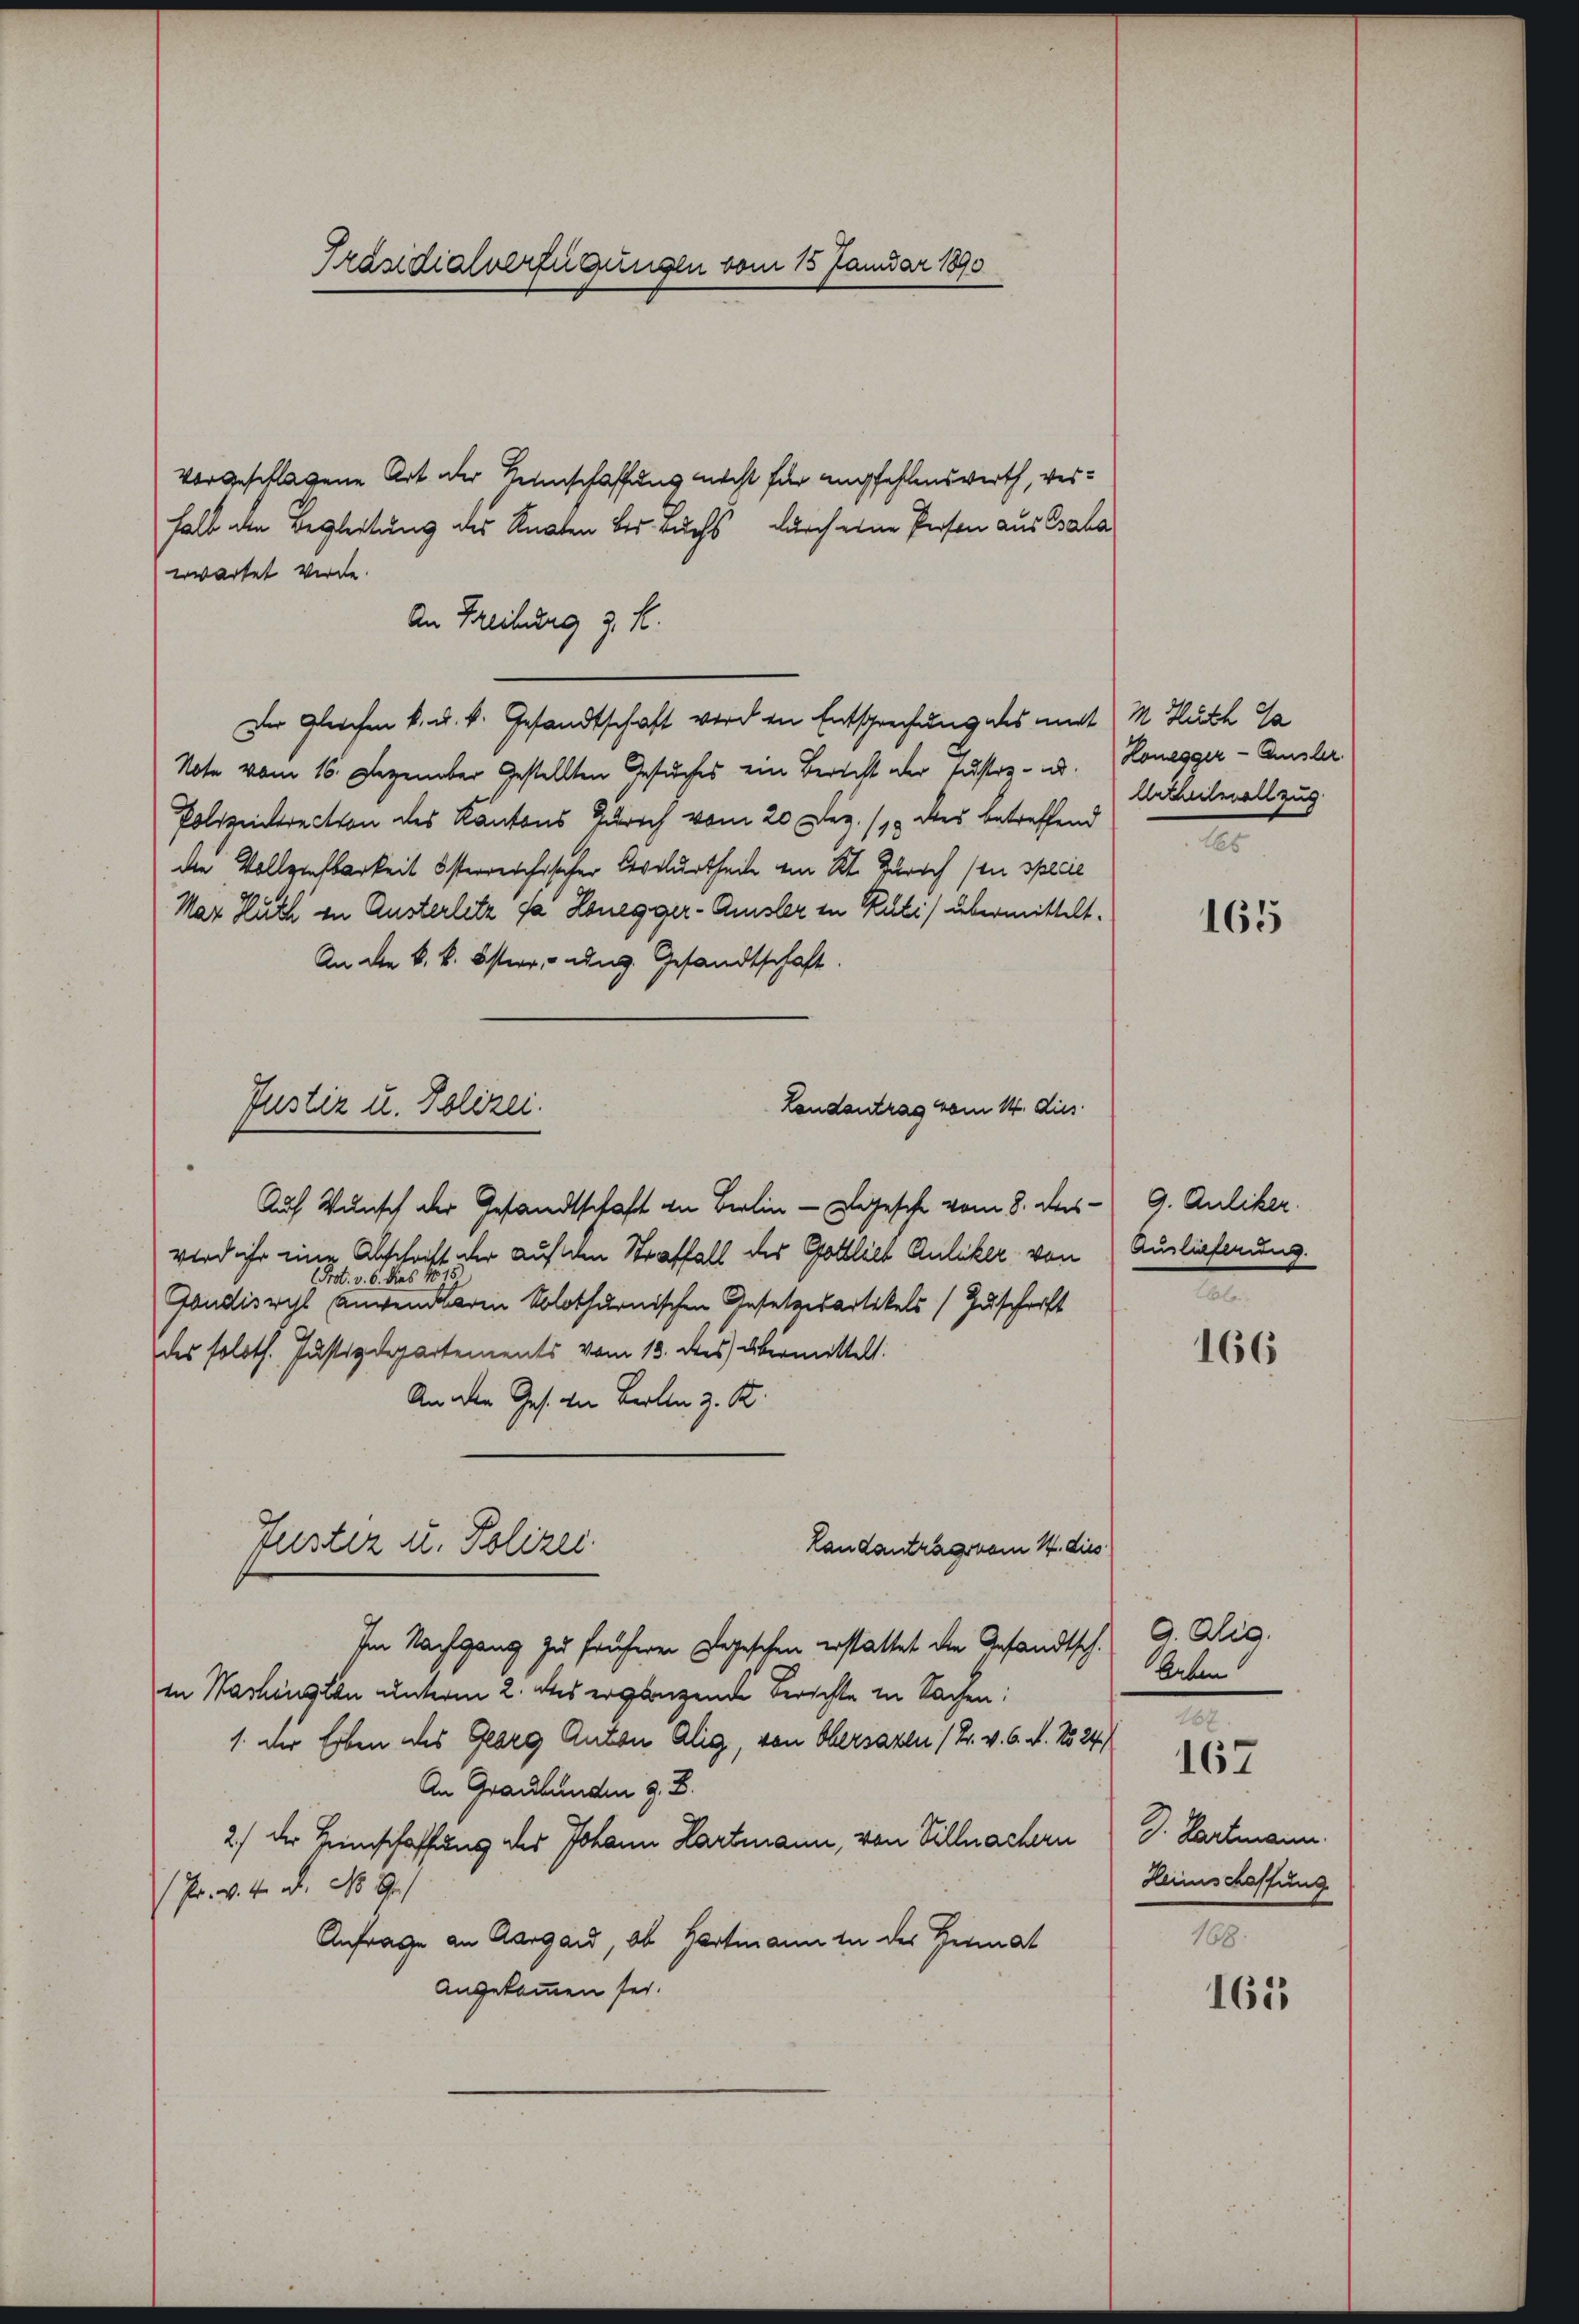
Präsidialverfügungen vom 15 Januar 1890

vorgeschlagene Art der Seinschaffung nicht für empfehlenswerth, verhalb den Begleitung des Knaten bei auchs, durch eine Person aus Cala
erwartet werde.
Der Gleichen k. u. k. Gesandtschaft werden Entsprechung des mit 1 Hluth Ga
Note vom 16. Dezember Gestellten Gesuches ein Bericht der Justiz- u.
Polizeirection des Kantons Zürich vom 20 Dez. 118 des betreffend
die Vollensbarkeit österreichischer Civilurtheile von Kt. Zürich (in specie
Mar Huth in Austerlitz da Honegger-Amsler in Kuli) übermittelt.
An die k. k. öster, ung. Gesandtschaft.
Landantrag vom 14. dies
Auf Wunsch der Gesandtschaft in Berlin - Legesch vom 8. des
wird ihr eine Abschrift der auf den Straffall der Gottlieb Auliker von
Prot. v. 6. dies 1815.
Gondischl Anwendbaren Solothurnischen Gesetzesartikels Zuschrift
des soloth. Justizdepartements vom 13. des übermittelt.
An den Ges. die Berlin z. B.
Tuster u. Polizei.
Landantrags vom 14. dies
Im Nachgang zu früheren Regischen erstattet die Gesandtsch. G. Alig.
in Wachensten unterm 2. des ergänzende Berichte in Sachen:
1. Der Erben des Georg Anton Alig, von Obersazen / Fr. v. 6. N. No 24.
An Graubünden z. B.
2) der Heimschaffung des Johann Hartmann, von Villnachern
 Pr. v. 4. d. No 9.
Anfrage an Aargau, ob Hartmann in der Heimat
Angekommen sei.

An Freiburg z. B.

Justiz u. Polizei.

Honegger - Amsler.
Urtheilnallzug
2

165

9. Auliker.
Auslieferung.
e

166

Leben!
.

J. Nackmann.
Heimschaffung

167

165